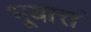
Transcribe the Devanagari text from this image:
भूयात्तं